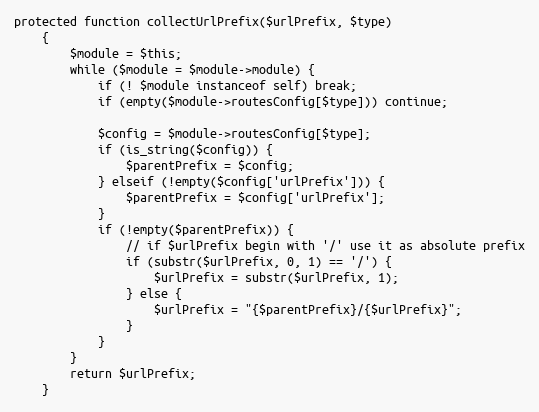
Language: PHP
protected function collectUrlPrefix($urlPrefix, $type)
    {
        $module = $this;
        while ($module = $module->module) {
            if (! $module instanceof self) break;
            if (empty($module->routesConfig[$type])) continue;

            $config = $module->routesConfig[$type];
            if (is_string($config)) {
                $parentPrefix = $config;
            } elseif (!empty($config['urlPrefix'])) {
                $parentPrefix = $config['urlPrefix'];
            }
            if (!empty($parentPrefix)) {
                // if $urlPrefix begin with '/' use it as absolute prefix
                if (substr($urlPrefix, 0, 1) == '/') {
                    $urlPrefix = substr($urlPrefix, 1);
                } else {
                    $urlPrefix = "{$parentPrefix}/{$urlPrefix}";
                }
            }
        }
        return $urlPrefix;
    }